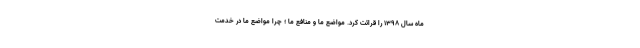
ماه سال ۱۳۹۸ را قرائت کرد. مواضع ما و منافع ما ؛ چرا مواضع ما در خدمت